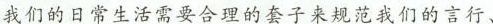
我们的日常生活需要合理的套子来规范我们的言行、